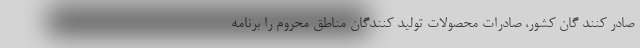
صادر کنند گان کشور، صادرات محصولات تولید کنندگان مناطق محروم را برنامه